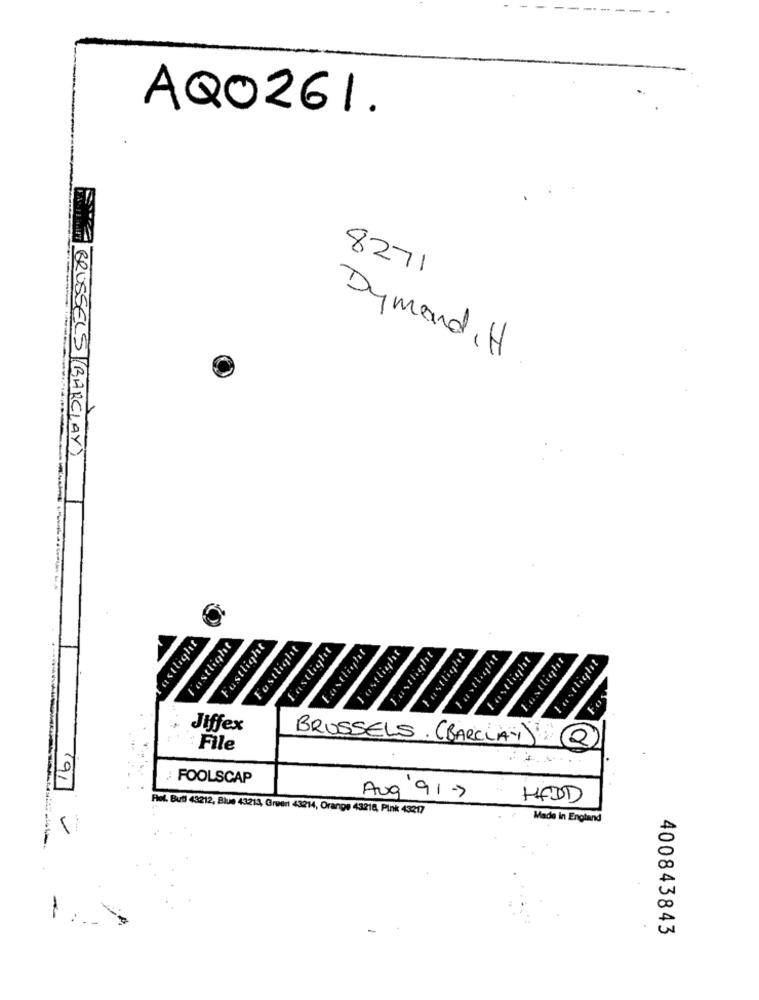
AQ0261.
8271
Dymond, H
BRUSSELS (BARCLAY)
astlight
Postlight
Fustlight
Fostlight
Lastlight
Lastlight
Lastlight
Lastlight
Fastlight
Fastlight
Lastlight
Lastlight
Lastlight
Jiffex
BRUSSELS . (BARCLAY)
16)
: File
FOOLSCAP
Aug 91 -7
HADD
Ret. Bud 43212, Blue 43214, Green 43214, Orange 43218, Pink 43217
Made in England
-
400843843